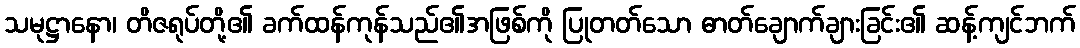
သမုဋ္ဌာနော၊ တိဇရုပ်တို့၏ ခက်ထန်ကုန်သည်၏အဖြစ်ကို ပြုတတ်သော ဓာတ်ချောက်ချားခြင်း၏ ဆန့်ကျင်ဘက်